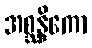
အစ္ဆန္ဒိကော